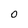
Character: O